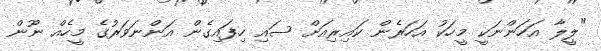
"ލީލާ އަހަންނަކީ މީހަކު އަހަރެން ކައިރިއަށް ސައި ހިފައިގެން އަންނަވަރުގެ މީހެއް ނޫން